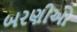
બરણીઓ